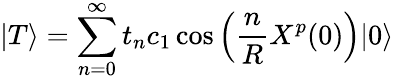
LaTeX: |T\rangle=\sum_{n=0}^{\infty}t_{n}c_{1}\cos\left(\frac{n}{R}X^{p}(0)\right)|0\rangle